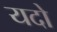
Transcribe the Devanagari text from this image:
यदो